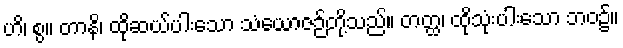
ဟိ၊ စွ။ တာနိ၊ ထိုဆယ်ပါးသော သံယောဇဉ်တို့သည်။ တတ္ထ၊ ထိုသုံးပါးသော ဘဝ၌။